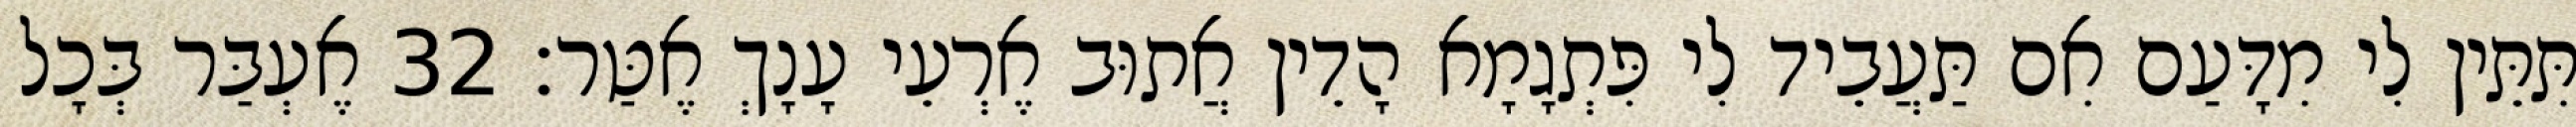
תִּתֵּין לִי מִדָּעַם אִם תַּעֲבֵיד לִי פִּתְגָמָא הָדֵין אֲתוּב אֶרְעֵי עָנָךְ אֶטַּר׃ 32 אֶעְבַּר בְּכָל